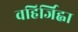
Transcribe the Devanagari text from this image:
वहिर्जिह्वा